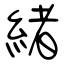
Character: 緒